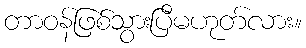
တာဝန်ဖြစ်သွားပြီမဟုတ်လား။